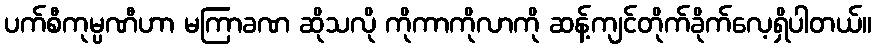
ပက်စီကုမ္ပဏီဟာ မကြာခဏ ဆိုသလို ကိုကာကိုလာကို ဆန့်ကျင်တိုက်ခိုက်လေ့ရှိပါတယ်။